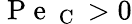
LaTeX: \mathrm{~P~e~}_{\mathrm{~C~}}>0